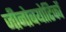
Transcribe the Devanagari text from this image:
जीनोबयोटिकों